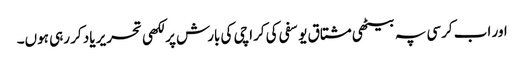
اور اب کرسی پہ بیٹھی مشتاق یوسفی کی کراچی کی بارش پر لکھی تحریر یاد کر رہی ہوں۔